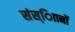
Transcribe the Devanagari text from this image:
संस्ािानों